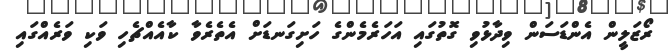
ރޯޒަލީން އެންޑަސަން ވިދާޅުވި ގޮތުގައި އަހަރެމެންގެ ހަށިގަނޑަށް އެތެރެވާ ކާއެއްޗެހި ވަކި ވަރެއްގައި